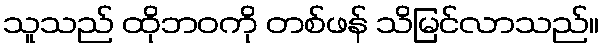
သူသည် ထိုဘဝကို တစ်ဖန် သိမြင်လာသည်။